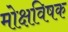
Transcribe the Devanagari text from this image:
मोक्षविषक